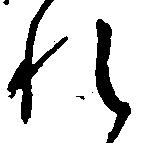
れ